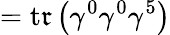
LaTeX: =\operatorname{t\mathfrak{r}}\left(\gamma^{0}\gamma^{0}\gamma^{5}\right)